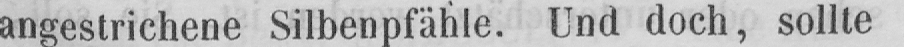
angestrichene Silbenpfähle. Und doch, sollte